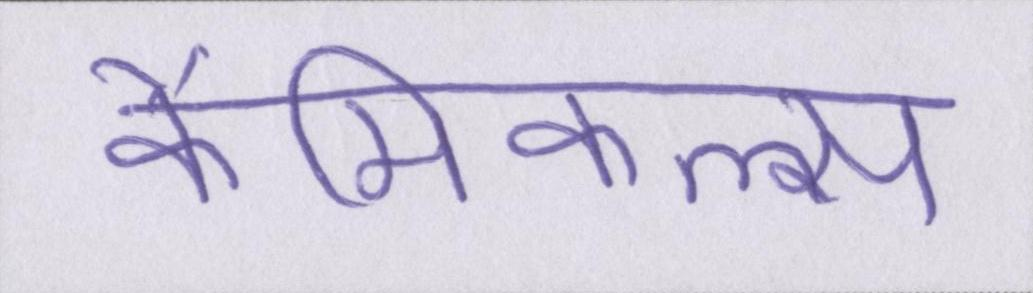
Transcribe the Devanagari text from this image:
कैमिकल्स